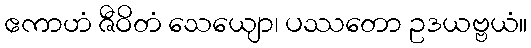
ဧကာဟံ ဇီဝိတံ သေယျော၊ ပဿတော ဥဒယဗ္ဗယံ။